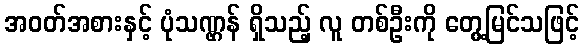
အဝတ်အစားနှင့် ပုံသဏ္ဌန် ရှိသည့် လူ တစ်ဦးကို တွေ့မြင်သဖြင့်